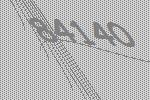
84140